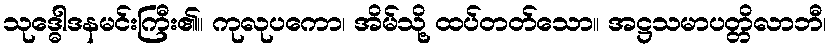
သုဒ္ဓေါဒနမင်းကြီး၏။ ကုလုပကော၊ အိမ်သို့ ထပ်တတ်သော။ အဋ္ဌသမာပတ္တိလာဘီ၊